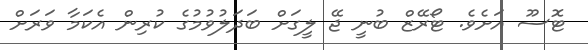
ޓޮސޫ އަށެވެ. ޓޯރޭޒް ބުނީ ޖޭ ލީގަށް ބަދަލުވުމުގެ ކުރިން އެކަމާ ވަރަށް